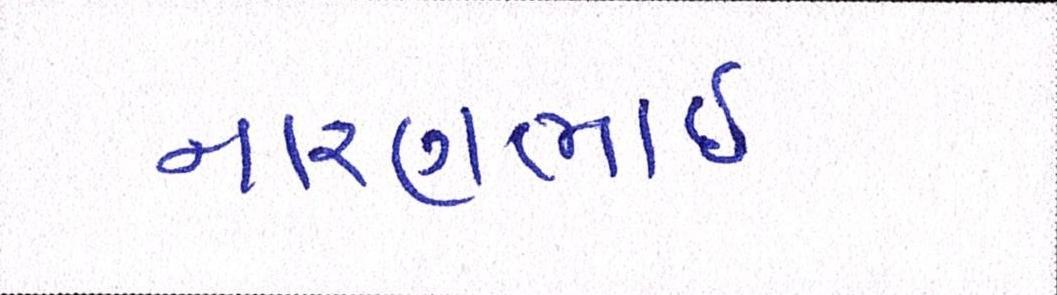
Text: નારણભાઈ